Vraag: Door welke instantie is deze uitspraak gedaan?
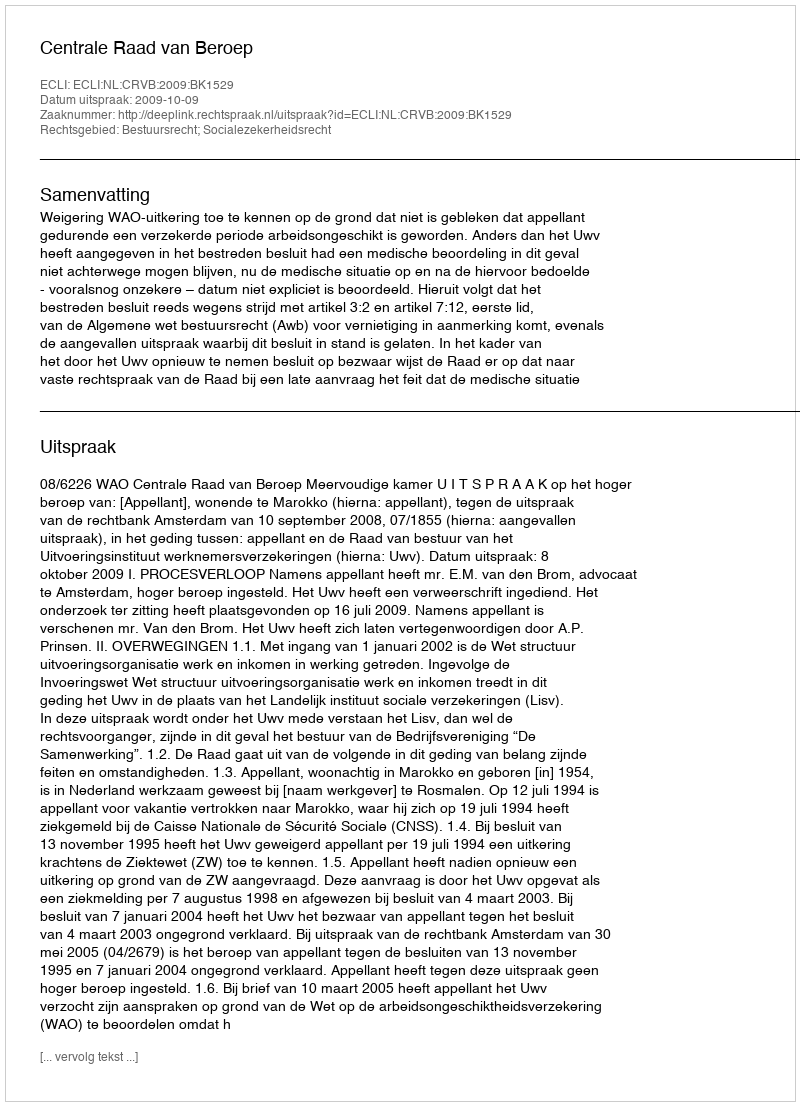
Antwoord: Centrale Raad van Beroep